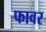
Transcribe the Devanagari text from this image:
फावर